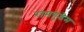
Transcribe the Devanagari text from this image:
रामगुंडेम